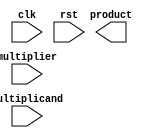
module BoothMultiplier (
    input wire clk,
    input wire rst,
    input wire [15:0] multiplier,
    input wire [15:0] multiplicand,
    output reg [31:0] product
);

// Booth Encoder
reg [16:0] booth_encoded_multiplier;
reg [16:0] booth_encoded_multiplicand;
always @(*) begin
    // Booth encoding logic
end

// Multiplier
reg [31:0] partial_product;
always @(*) begin
    // Multiplication logic using Booth encoded operands
end

// Accumulator
always @(posedge clk) begin
    // Accumulation logic to produce final output
end

// Register file
reg [31:0] reg_file [0:7];
always @(posedge clk) begin
    // Register file operations
end

// Control logic
always @(posedge clk) begin
    // Control logic for sequencing and data flow control
end

endmodule